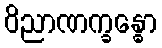
ဝိညာဏက္ခန္ဓော